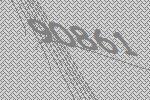
90861